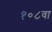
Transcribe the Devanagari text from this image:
१०८वा